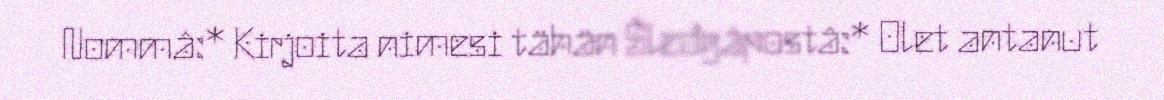
Nommâ:* Kirjoita nimesi tähän Šleđgâpostâ:* Olet antanut